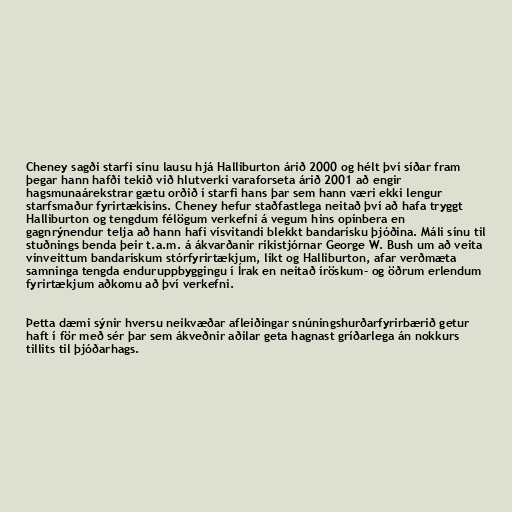
Cheney sagði starfi sínu lausu hjá Halliburton árið 2000 og hélt því síðar fram
þegar hann hafði tekið við hlutverki varaforseta árið 2001 að engir
hagsmunaárekstrar gætu orðið í starfi hans þar sem hann væri ekki lengur
starfsmaður fyrirtækisins. Cheney hefur staðfastlega neitað því að hafa tryggt
Halliburton og tengdum félögum verkefni á vegum hins opinbera en
gagnrýnendur telja að hann hafi vísvitandi blekkt bandarísku þjóðina. Máli sínu til
stuðnings benda þeir t.a.m. á ákvarðanir ríkistjórnar George W. Bush um að veita
vinveittum bandarískum stórfyrirtækjum, líkt og Halliburton, afar verðmæta
samninga tengda enduruppbyggingu í Írak en neitað íröskum- og öðrum erlendum
fyrirtækjum aðkomu að því verkefni.

Þetta dæmi sýnir hversu neikvæðar afleiðingar snúningshurðarfyrirbærið getur
haft í för með sér þar sem ákveðnir aðilar geta hagnast gríðarlega án nokkurs
tillits til þjóðarhags.